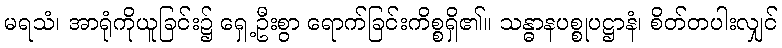
မရသံ၊ အာရုံကိုယူခြင်း၌ ရှေ့ဦးစွာ ရောက်ခြင်းကိစ္စရှိ၏။ သန္ဓာနပစ္စုပဋ္ဌာနံ၊ စိတ်တပါးလျှင်